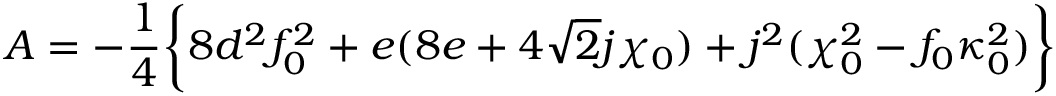
A = - { \frac { 1 } { 4 } } \biggl \{ 8 d ^ { 2 } f _ { 0 } ^ { 2 } + e ( 8 e + 4 \sqrt 2 j \chi _ { 0 } ) + j ^ { 2 } ( \chi _ { 0 } ^ { 2 } - f _ { 0 } \kappa _ { 0 } ^ { 2 } ) \biggr \}